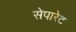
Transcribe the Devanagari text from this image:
सेपारेट